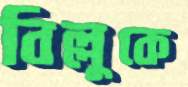
বিল্লুকে